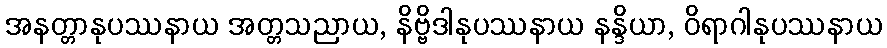
အနတ္တာနုပဿနာယ အတ္တသညာယ, နိဗ္ဗိဒါနုပဿနာယ နန္ဒိယာ, ဝိရာဂါနုပဿနာယ